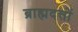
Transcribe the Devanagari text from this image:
ब्राह्मदत्तों